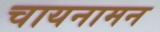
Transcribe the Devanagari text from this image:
चायनामन